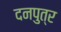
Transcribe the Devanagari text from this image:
दनपुत्र